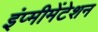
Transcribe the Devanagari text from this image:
इंप्मीमेंटेशन